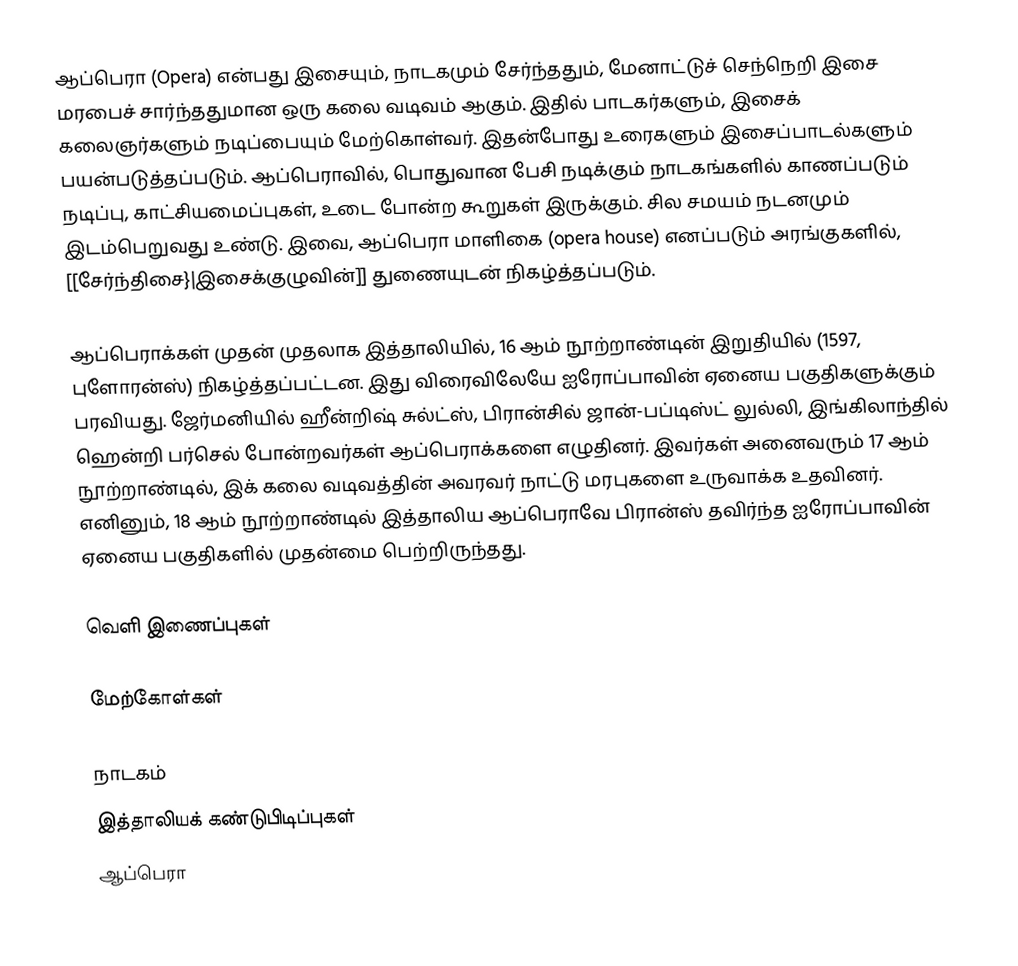
ஆப்பெரா (Opera) என்பது இசையும், நாடகமும் சேர்ந்ததும், மேனாட்டுச் செந்நெறி இசை மரபைச் சார்ந்ததுமான ஒரு கலை வடிவம் ஆகும். இதில் பாடகர்களும், இசைக் கலைஞர்களும் நடிப்பையும் மேற்கொள்வர். இதன்போது உரைகளும் இசைப்பாடல்களும் பயன்படுத்தப்படும். ஆப்பெராவில், பொதுவான பேசி நடிக்கும் நாடகங்களில் காணப்படும் நடிப்பு, காட்சியமைப்புகள், உடை போன்ற கூறுகள் இருக்கும். சில சமயம் நடனமும் இடம்பெறுவது உண்டு. இவை, ஆப்பெரா மாளிகை (opera house) எனப்படும் அரங்குகளில், [[சேர்ந்திசை}|இசைக்குழுவின்]] துணையுடன் நிகழ்த்தப்படும்.

ஆப்பெராக்கள் முதன் முதலாக இத்தாலியில், 16 ஆம் நூற்றாண்டின் இறுதியில் (1597, புளோரன்ஸ்) நிகழ்த்தப்பட்டன. இது விரைவிலேயே ஐரோப்பாவின் ஏனைய பகுதிகளுக்கும் பரவியது. ஜேர்மனியில் ஹீன்றிஷ் சுல்ட்ஸ், பிரான்சில் ஜான்-பப்டிஸ்ட் லுல்லி, இங்கிலாந்தில் ஹென்றி பர்செல் போன்றவர்கள் ஆப்பெராக்களை எழுதினர். இவர்கள் அனைவரும் 17 ஆம் நூற்றாண்டில், இக் கலை வடிவத்தின் அவரவர் நாட்டு மரபுகளை உருவாக்க உதவினர். எனினும், 18 ஆம் நூற்றாண்டில் இத்தாலிய ஆப்பெராவே பிரான்ஸ் தவிர்ந்த ஐரோப்பாவின் ஏனைய பகுதிகளில் முதன்மை பெற்றிருந்தது.

வெளி இணைப்புகள்

மேற்கோள்கள்

நாடகம்
இத்தாலியக் கண்டுபிடிப்புகள்
ஆப்பெரா